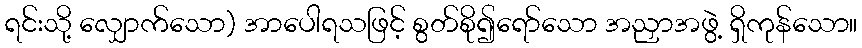
ရင်းသို့ လျှောက်သော) အာပေါရသဖြင့် စွတ်စို၍ရော်သော အညှာအဖွဲ့ ရှိကုန်သော။